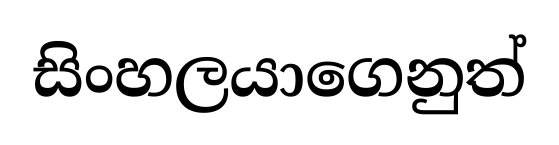
සිංහලයාගෙනුත්